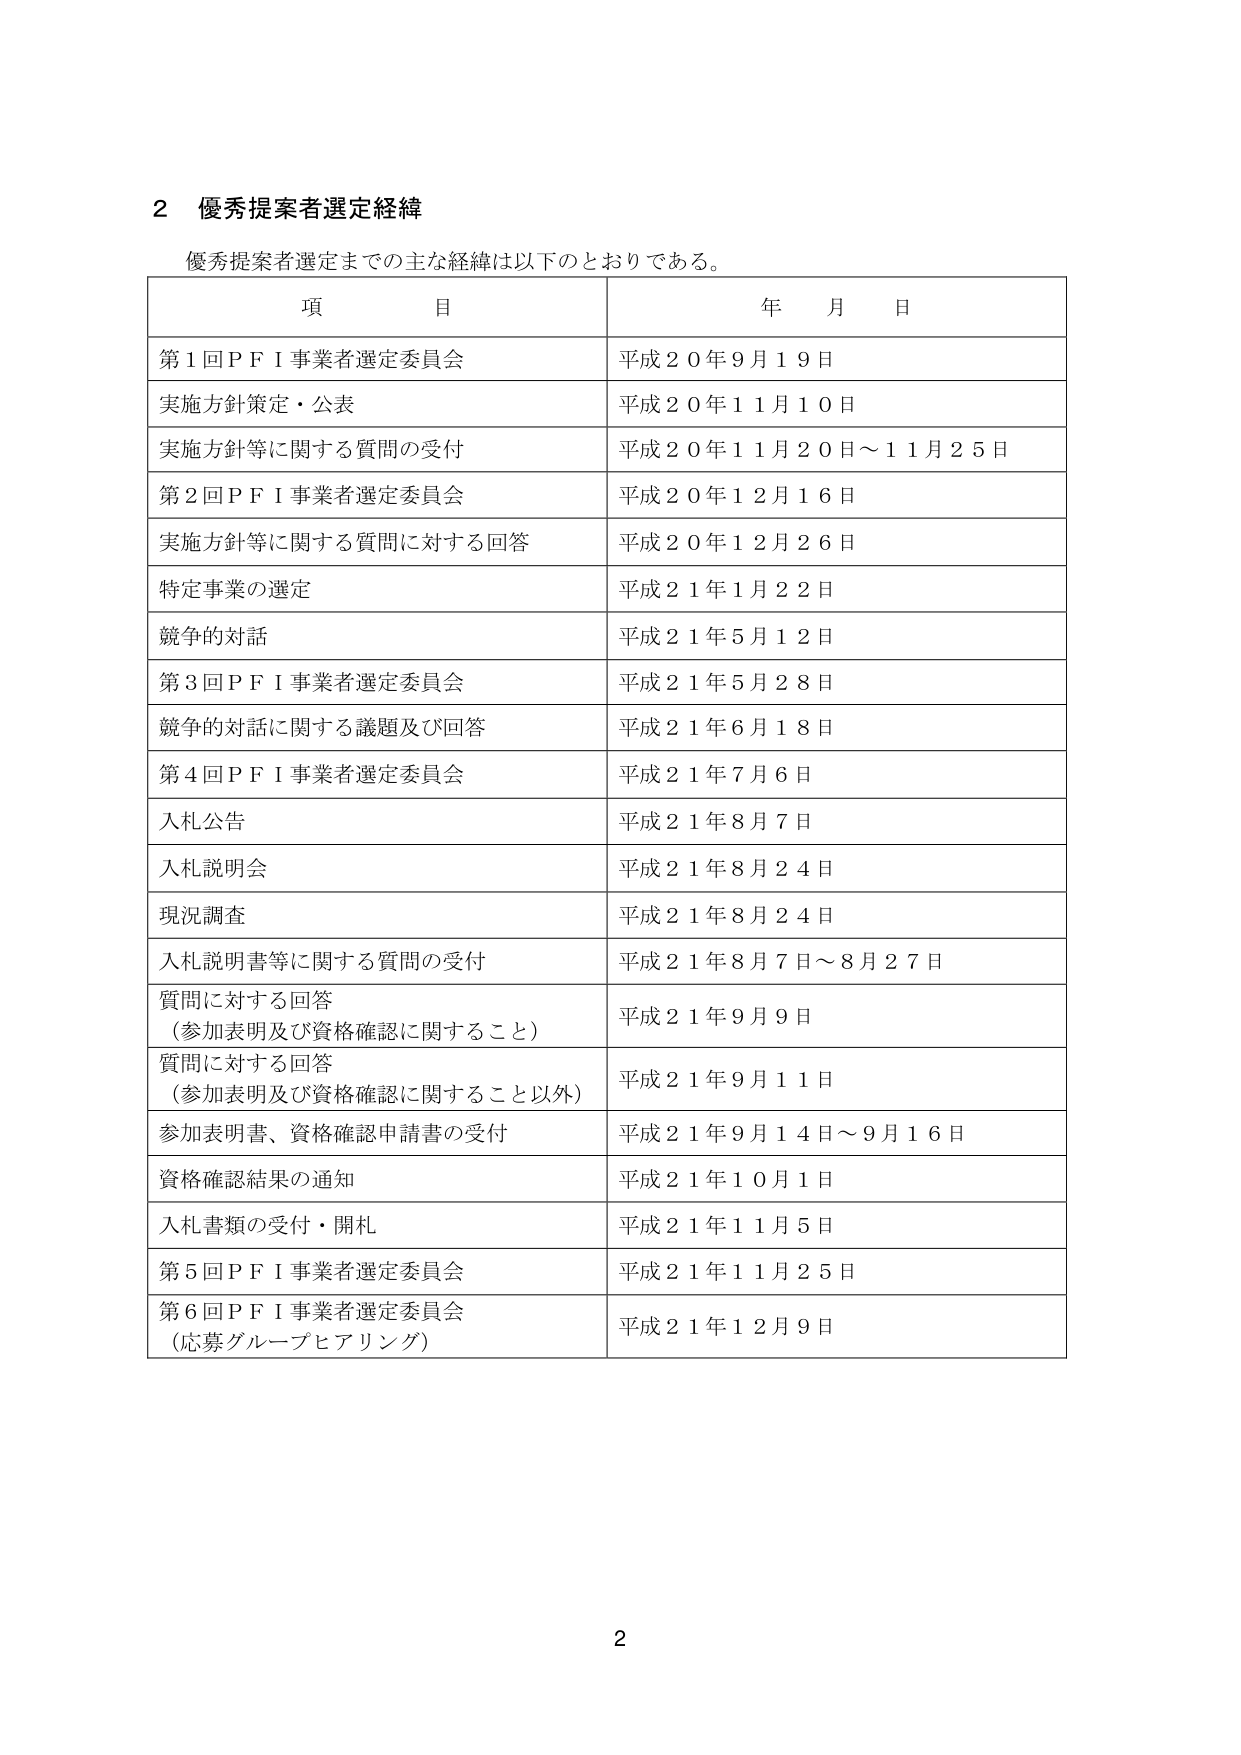
2 優秀提案者選定経緯

優秀提案者選定までの主な経緯は以下のとおりである。

項 目 年 月 日
第1回ＰＦＩ事業者選定委員会 平成20年9月19日
実施方針策定・公表 平成20年11月10日
実施方針等に関する質問の受付 平成20年11月20日～11月25日
第2回ＰＦＩ事業者選定委員会 平成20年12月16日
実施方針等に関する質問に対する回答 平成20年12月26日
特定事業の選定 平成21年1月22日
競争的対話 平成21年5月12日
第3回ＰＦＩ事業者選定委員会 平成21年5月28日
競争的対話に関する議題及び回答 平成21年6月18日
第4回ＰＦＩ事業者選定委員会 平成21年7月6日
入札公告 平成21年8月7日
入札説明会 平成21年8月24日
現況調査 平成21年8月24日
入札説明書等に関する質問の受付 平成21年8月7日～8月27日
質問に対する回答 （参加表明及び資格確認に関すること） 平成21年9月9日
質問に対する回答 （参加表明及び資格確認に関すること以外） 平成21年9月11日
参加表明書、資格確認申請書の受付 平成21年9月14日～9月16日
資格確認結果の通知 平成21年10月1日
入札書類の受付・開札 平成21年11月5日
第5回ＰＦＩ事業者選定委員会 平成21年11月25日
第6回ＰＦＩ事業者選定委員会 （応募グループヒアリング） 平成21年12月9日

2